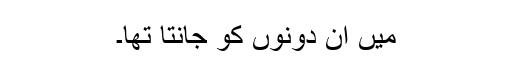
میں ان دونوں کو جانتا تھا۔